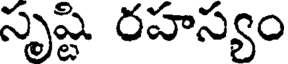
సృష్టి రహస్యం